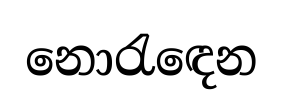
නොරැඳෙන